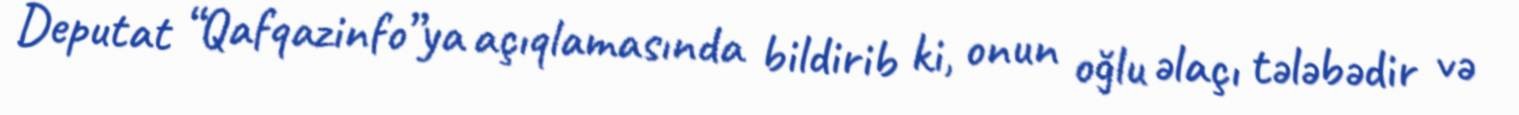
Deputat “Qafqazinfo”ya açıqlamasında bildirib ki, onun oğlu əlaçı tələbədir və